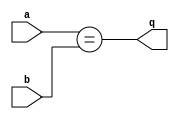
`timescale 1ns / 1ps
//////////////////////////////////////////////////////////////////////////////////
// Company: 
// Engineer: 
// 
// Design Name: 
// Module Name: eqcmp
// Project Name: 
// Target Devices: 
// Tool Versions: 
// Description: 
// 
// Dependencies: 
// 
// Revision:
// Revision 0.01 - File Created
// Additional Comments:
// 
//////////////////////////////////////////////////////////////////////////////////


module eqcmp(a, b, q);
    input [31:0] a, b;
    output q;
    assign q = (a==b);
endmodule